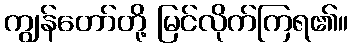
ကျွန်တော်တို့ မြင်လိုက်ကြရ၏။